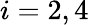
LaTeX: i=2,4